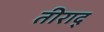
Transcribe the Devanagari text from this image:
तीराद्